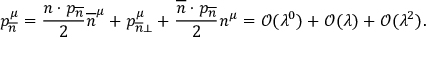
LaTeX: p _ { \overline { { { n } } } } ^ { \mu } = \frac { n \cdot p _ { \overline { { { n } } } } } { 2 } \overline { { { n } } } ^ { \mu } + p _ { \overline { { { n } } } \perp } ^ { \mu } + \frac { \overline { { { n } } } \cdot p _ { \overline { { { n } } } } } { 2 } n ^ { \mu } = \mathcal { O } ( \lambda ^ { 0 } ) + \mathcal { O } ( \lambda ) + \mathcal { O } ( \lambda ^ { 2 } ) .